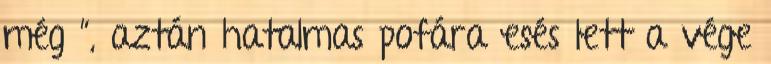
még ”, aztán hatalmas pofára esés lett a vége